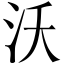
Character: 沃